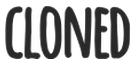
CLONED